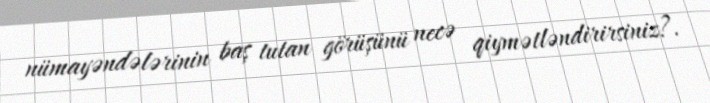
nümayəndələrinin baş tutan görüşünü necə qiymətləndirirsiniz?.